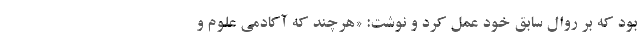
بود که بر روال سابق خود عمل کرد و نوشت: «هرچند که آکادمی ‌علوم و